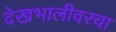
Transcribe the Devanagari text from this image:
देखभालीवरचा